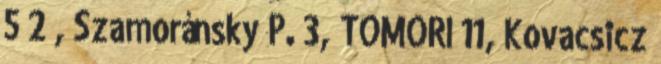
5 2 , Szamoránsky P. 3, TOMORI 11, Kovacsicz